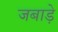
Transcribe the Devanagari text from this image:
जबाड़े